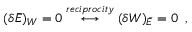
( \delta \bar { E } ) _ { W } = 0 \stackrel { r e c i p r o c i t y } { \longleftrightarrow } ( \delta W ) _ { \bar { E } } = 0 \; \; ,